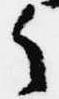
之